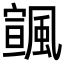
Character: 𩘒